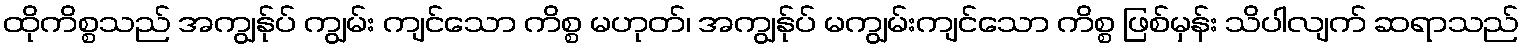
ထိုကိစ္စသည် အကျွန်ုပ် ကျွမ်း ကျင်သော ကိစ္စ မဟုတ်၊ အကျွန်ုပ် မကျွမ်းကျင်သော ကိစ္စ ဖြစ်မှန်း သိပါလျက် ဆရာသည်